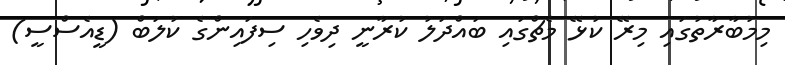
މިމުބާރާތުގައި މިރޭ ކުޅޭ މެޗްގައި ބައްދަލު ކުރާނީ ދިވެހި ސިފައިންގެ ކުލަބް (ޑީއެސްސީ)